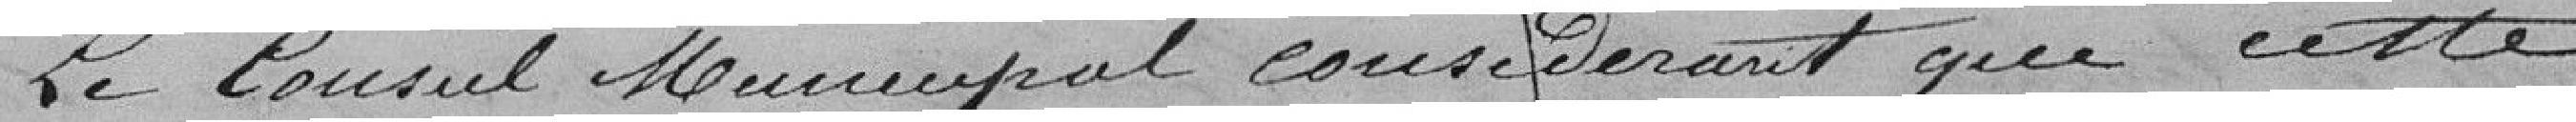
Le Conseil Municipale considérant que cette